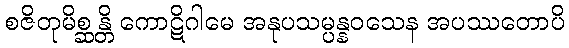
စဇိတုမိစ္ဆန္တိ ကောဋိဂါမေ အနုပသမ္ပန္နဝသေန အပဿတောပိ